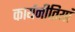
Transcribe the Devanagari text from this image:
कार्यनीतियां